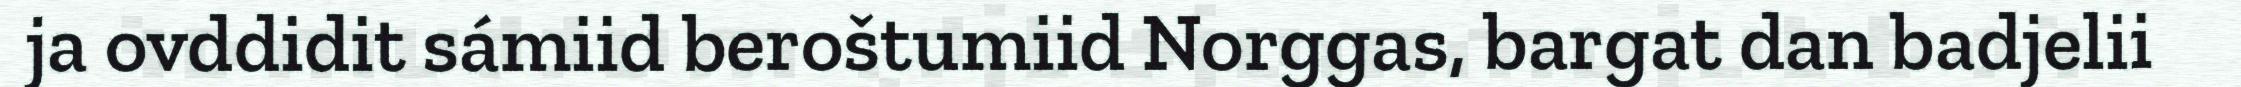
ja ovddidit sámiid beroštumiid Norggas, bargat dan badjelii